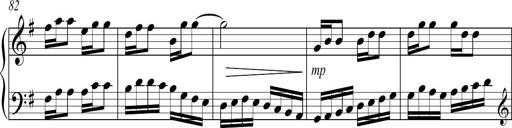
Title: Sonatina no. 2
Composer: Brian Henderson-Sellers
Key: G major